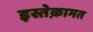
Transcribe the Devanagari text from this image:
इस्तेक़ामत